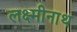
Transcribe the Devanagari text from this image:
लक्ष्मीनाथ